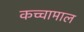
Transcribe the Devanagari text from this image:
कच्चामाल